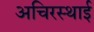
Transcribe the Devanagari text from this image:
अचिरस्थाई